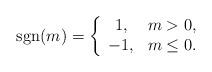
LaTeX: \begin{align*}\mbox{sgn}(m)=\left\{\begin{array}{cc}1,&m>0,\\-1,&m\le0.\end{array}\right.\end{align*}